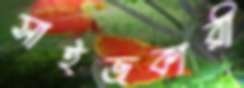
সাইজকারী